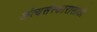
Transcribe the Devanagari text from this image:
अंत्यसंस्कारासाठी